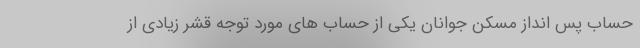
حساب پس­ انداز مسکن جوانان یکی از حساب­ های مورد توجه قشر زیادی از